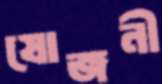
যোজনী